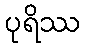
ပုရိဿ